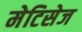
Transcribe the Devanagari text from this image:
मेटिसेज